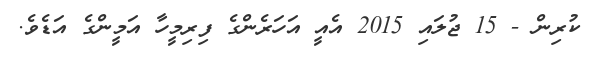
ކުރިން - 15 ޖުލައި 2015 އެއީ އަހަރެންގެ ފިރިމީހާ އަމީންގެ އަޑެވެ.